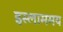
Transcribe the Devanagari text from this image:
इस्लाममय